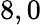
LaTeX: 8,0